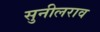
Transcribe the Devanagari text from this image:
सुनीलराव